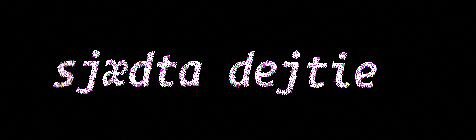
sjædta dejtie